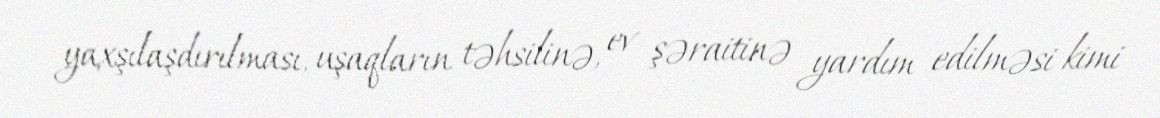
yaxşılaşdırılması, uşaqların təhsilinə, ev şəraitinə yardım edilməsi kimi